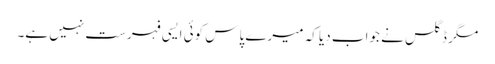
مگر ڈگلس نے جواب دیا کہ میرے پاس کوئی ایسی فہرست نہیں ہے۔